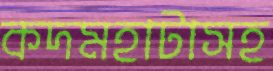
কদমহাটাসহ